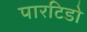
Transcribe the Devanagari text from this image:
पारटिडो